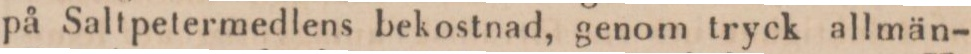
på Saltpetermedlens bekostnad, genom tryck allmän-